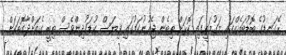
ރޭގަނޑުގެ ބޮޑުބައެއްގައި މަގުމަތީގައި ކޮޅަށް ތިބެން ޖެހުނުކަމުގައި ވިޔަސް ކުޑަކުދިންވެސް ތިބީ ގެއަށްދާގޮތަކަށް